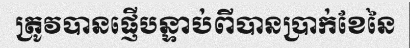
ត្រូវបានផ្ញើបន្ទាប់ពីបានប្រាក់ខែនៃ